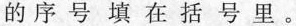
的序号填在括号里。